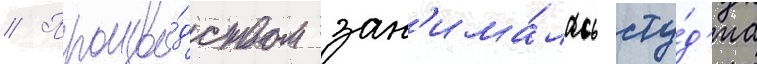
// Произво́дством зан'има́лась сту́д'иа